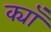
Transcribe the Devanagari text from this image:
क्याँ